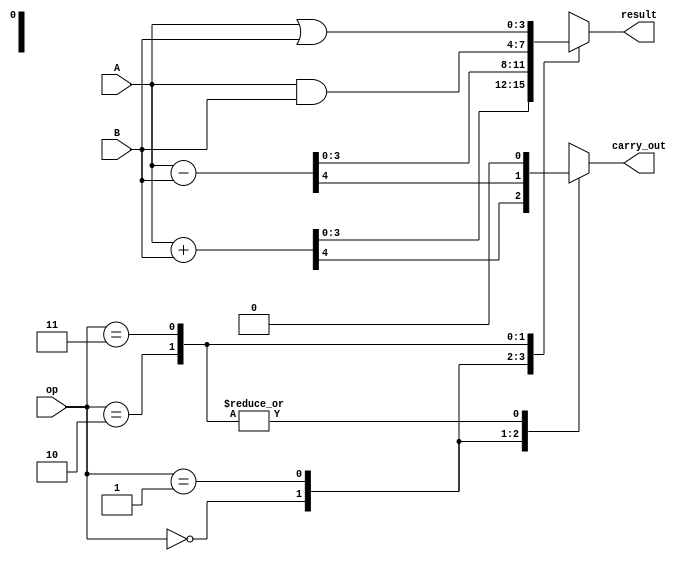
module alu(
    input [3:0] A,
    input [3:0] B,
    input [1:0] op,
    output [3:0] result,
    output carry_out
);

reg [3:0] result;
reg carry_out;

always @(*)
begin
    case(op)
        2'b00:   // ADD operation
            begin
                {carry_out, result} = A + B;
            end
        2'b01:   // SUB operation
            begin
                {carry_out, result} = A - B;
            end
        2'b10:   // AND operation
            begin
                result = A & B;
                carry_out = 0;
            end
        2'b11:   // OR operation
            begin
                result = A | B;
                carry_out = 0;
            end
    endcase
end

endmodule